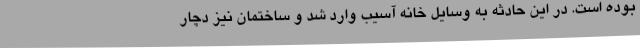
بوده است. در این حادثه به وسایل خانه آسیب وارد شد و ساختمان نیز دچار